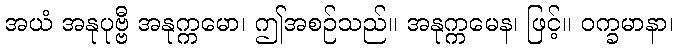
အယံ အနုပုဗ္ဗီ အနုက္ကမော၊ ဤအစဉ်သည်။ အနုက္ကမေန၊ ဖြင့်။ ဝက္ခမာနာ၊